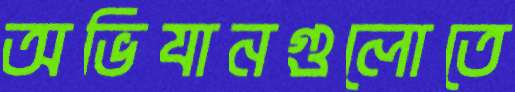
অভিযানগুলোতে